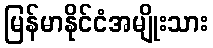
မြန်မာနိုင်ငံအမျိုးသား